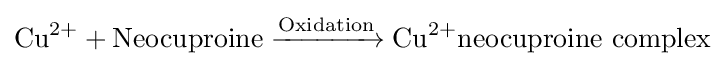
\mathrm {Cu} ^{2+}+\mathrm {Neocuproine} \xrightarrow {\mathrm {Oxidation} } \mathrm {Cu} ^{2+}\mathrm {neocuproine\ complex}